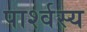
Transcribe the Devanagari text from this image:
पार्श्वस्य